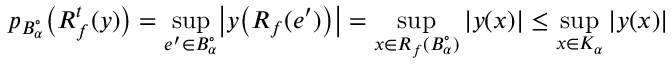
p _ { B _ { \alpha } ^ { \circ } } \bigl ( R _ { f } ^ { t } ( y ) \bigr ) = \operatorname* { s u p } _ { e ^ { \prime } \in B _ { \alpha } ^ { \circ } } \bigl | y \bigl ( R _ { f } ( e ^ { \prime } ) \bigr ) \bigr | = \operatorname* { s u p } _ { x \in R _ { f } ( B _ { \alpha } ^ { \circ } ) } | y ( x ) | \leq \operatorname* { s u p } _ { x \in K _ { \alpha } } | y ( x ) |